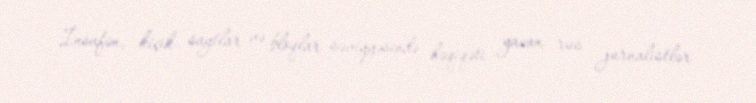
İnsafən, kiçik saytlar və bloqlar səviyyəsində həqiqəti yazan rus jurnalistlər